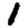
Digit: 1